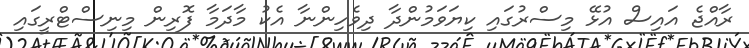
ރާއްޖެ އައިސް އުޅޭ މިސްރުގައި ކިޔަވަމުންދާ ދިވެހިންނާ އެކު މާދަމާ ފޮރިން މިނިސްޓްރީގައި